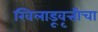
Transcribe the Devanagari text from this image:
खिलाडूवृत्तीचा